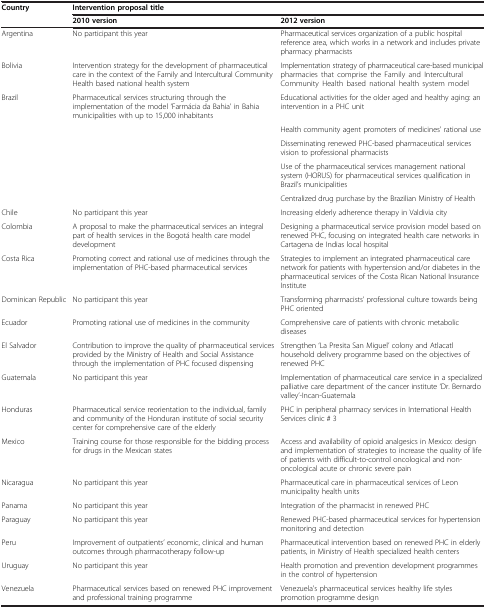
<table><thead><tr><td><b>Country</b></td><td colspan="2"><b>Intervention proposal title</b></td></tr><tr><td><b> </b></td><td><b>2010 version</b></td><td><b>2012 version</b></td></tr></thead><tbody><tr><td>Argentina</td><td>No participant this year</td><td>Pharmaceutical services organization of a public hospital reference area, which works in a network and includes private pharmacy pharmacists</td></tr><tr><td>Bolivia</td><td>Intervention strategy for the development of pharmaceutical care in the context of the Family and Intercultural Community Health based national health system</td><td>Implementation strategy of pharmaceutical care-based municipal pharmacies that comprise the Family and Intercultural Community Health based national health system model</td></tr><tr><td>Brazil</td><td>Pharmaceutical services structuring through the implementation of the model ‘Farmácia da Bahia’ in Bahia municipalities with up to 15,000 inhabitants</td><td>Educational activities for the older aged and healthy aging: an intervention in a PHC unit</td></tr><tr><td> </td><td> </td><td>Health community agent promoters of medicines&#x27; rational use</td></tr><tr><td> </td><td> </td><td>Disseminating renewed PHC-based pharmaceutical services vision to professional pharmacists</td></tr><tr><td> </td><td> </td><td>Use of the pharmaceutical services management national system (HORUS) for pharmaceutical services qualification in Brazil’s municipalities</td></tr><tr><td> </td><td> </td><td>Centralized drug purchase by the Brazilian Ministry of Health</td></tr><tr><td>Chile</td><td>No participant this year</td><td>Increasing elderly adherence therapy in Valdivia city</td></tr><tr><td>Colombia</td><td>A proposal to make the pharmaceutical services an integral part of health services in the Bogotá health care model development</td><td>Designing a pharmaceutical service provision model based on renewed PHC, focusing on integrated health care networks in Cartagena de Indias local hospital</td></tr><tr><td>Costa Rica</td><td>Promoting correct and rational use of medicines through the implementation of PHC-based pharmaceutical services</td><td>Strategies to implement an integrated pharmaceutical care network for patients with hypertension and/or diabetes in the pharmaceutical services of the Costa Rican National Insurance Institute</td></tr><tr><td>Dominican Republic</td><td>No participant this year</td><td>Transforming pharmacists’ professional culture towards being PHC oriented</td></tr><tr><td>Ecuador</td><td>Promoting rational use of medicines in the community</td><td>Comprehensive care of patients with chronic metabolic diseases</td></tr><tr><td>El Salvador</td><td>Contribution to improve the quality of pharmaceutical services provided by the Ministry of Health and Social Assistance through the implementation of PHC focused dispensing</td><td>Strengthen ‘La Presita San Miguel’ colony and Atlacatl household delivery programme based on the objectives of renewed PHC</td></tr><tr><td>Guatemala</td><td>No participant this year</td><td>Implementation of pharmaceutical care service in a specialized palliative care department of the cancer institute ‘Dr. Bernardo valley’-Incan-Guatemala</td></tr><tr><td>Honduras</td><td>Pharmaceutical service reorientation to the individual, family and community of the Honduran institute of social security center for comprehensive care of the elderly</td><td>PHC in peripheral pharmacy services in International Health Services clinic # 3</td></tr><tr><td>Mexico</td><td>Training course for those responsible for the bidding process for drugs in the Mexican states</td><td>Access and availability of opioid analgesics in Mexico: design and implementation of strategies to increase the quality of life of patients with difficult-to-control oncological and non-oncological acute or chronic severe pain</td></tr><tr><td>Nicaragua</td><td>No participant this year</td><td>Pharmaceutical care in pharmaceutical services of Leon municipality health units</td></tr><tr><td>Panama</td><td>No participant this year</td><td>Integration of the pharmacist in renewed PHC</td></tr><tr><td>Paraguay</td><td>No participant this year</td><td>Renewed PHC-based pharmaceutical services for hypertension monitoring and detection</td></tr><tr><td>Peru</td><td>Improvement of outpatients’ economic, clinical and human outcomes through pharmacotherapy follow-up</td><td>Pharmaceutical intervention based on renewed PHC in elderly patients, in Ministry of Health specialized health centers</td></tr><tr><td>Uruguay</td><td>No participant this year</td><td>Health promotion and prevention development programmes in the control of hypertension</td></tr><tr><td>Venezuela</td><td>Pharmaceutical services based on renewed PHC improvement and professional training programme</td><td>Venezuela&#x27;s pharmaceutical services healthy life styles promotion programme design</td></tr></tbody></table>